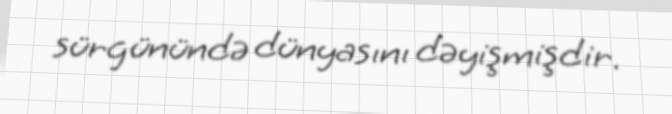
sürgünündə dünyasını dəyişmişdir.